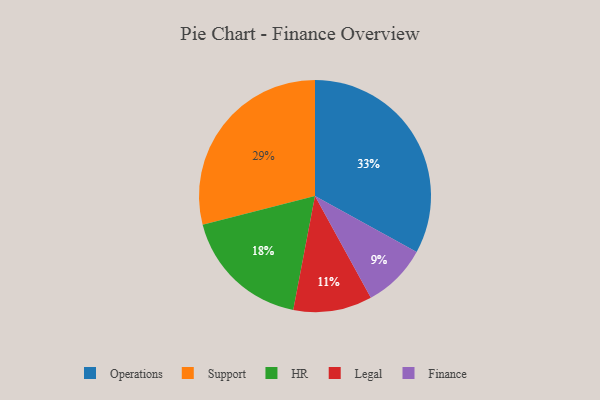
{"axis": {"x": "Category", "y": "Percentage"}, "legend": ["Finance", "HR", "Legal", "Operations", "Support"], "data": [{"x": "Operations", "y": 33, "type": "Operations"}, {"x": "HR", "y": 18, "type": "HR"}, {"x": "Support", "y": 29, "type": "Support"}, {"x": "Finance", "y": 9, "type": "Finance"}, {"x": "Legal", "y": 11, "type": "Legal"}]}